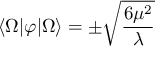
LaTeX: \langle \Omega | \varphi | \Omega \rangle = \pm { \sqrt { \frac { 6 \mu ^ { 2 } } { \lambda } } }